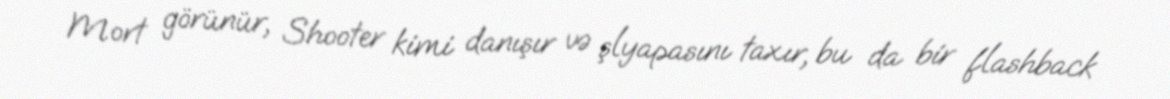
Mort görünür, Shooter kimi danışır və şlyapasını taxır, bu da bir flashback